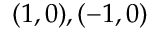
( 1 , 0 ) , ( - 1 , 0 )